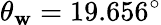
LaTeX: \theta_{\mathbf{w}}=19.656^{\circ}